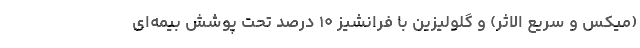
(میکس و سریع الاثر) و گلولیزین با فرانشیز ۱۰ درصد تحت پوشش بیمه‌ای